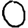
Digit: 0